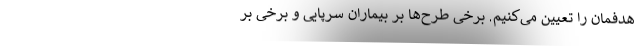
هدفمان را تعیین می‌کنیم. برخی طرح‌ها بر بیماران سرپایی و برخی بر